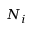
N _ { i }